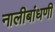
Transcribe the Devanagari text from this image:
नालीबांधणी